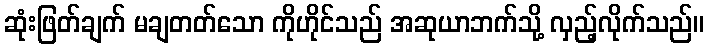
ဆုံးဖြတ်ချက် မချတတ်သော ကိုဟိုင်သည် အဆုယာဘက်သို့ လှည့်လိုက်သည်။